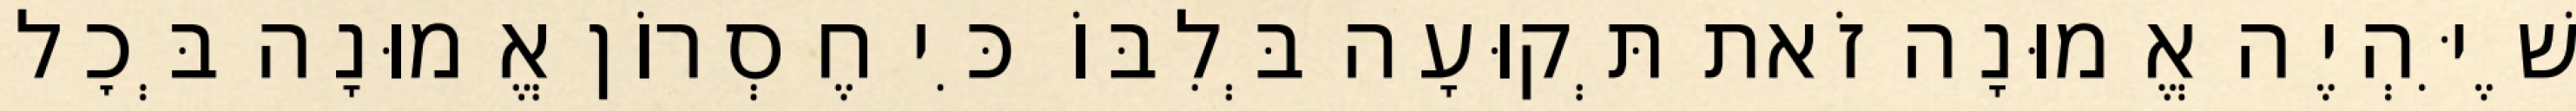
שֶׁיִּהְיֶה אֱמוּנָה זֹאת תְּקוּעָה בְּלִבּוֹ כִּי חֶסְרוֹן אֱמוּנָה בְּכׇל